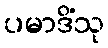
ပမာဒိံသု